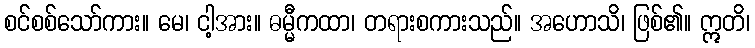
စင်စစ်သော်ကား။ မေ၊ ငါ့အား။ ဓမ္မီကထာ၊ တရားစကားသည်။ အဟောသိ၊ ဖြစ်၏။ ဣတိ၊